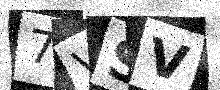
Text: 7VSV